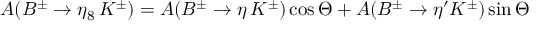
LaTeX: A ( B ^ { \pm } \to \eta _ { 8 } \, K ^ { \pm } ) = A ( B ^ { \pm } \to \eta \, K ^ { \pm } ) \cos \Theta + A ( B ^ { \pm } \to \eta ^ { \prime } K ^ { \pm } ) \sin \Theta